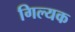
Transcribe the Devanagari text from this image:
गिल्यक